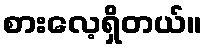
စားလေ့ရှိတယ်။